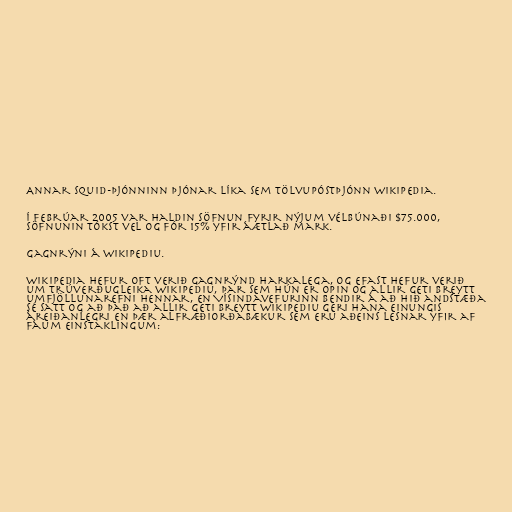
Annar Squid-þjónninn þjónar líka sem tölvupóstþjónn Wikipedia.

Í febrúar 2005 var haldin söfnun fyrir nýjum vélbúnaði $75.000,
söfnunin tókst vel og fór 15% yfir áætlað mark.

Gagnrýni á Wikipediu.

Wikipedia hefur oft verið gagnrýnd harkalega, og efast hefur verið
um trúverðugleika Wikipediu, þar sem hún er opin og allir geti breytt
umfjöllunarefni hennar, en Vísindavefurinn bendir á að hið andstæða
sé satt og að það að allir geti breytt Wikipediu geri hana einungis
áreiðanlegri en þær alfræðiorðabækur sem eru aðeins lesnar yfir af
fáum einstaklingum: